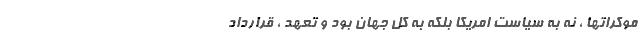
موکراتها ، نه به سیاست امریکا بلکه به کل جهان بود و تعهد ، قرارداد